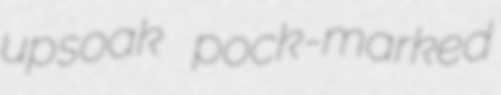
upsoak pock-marked